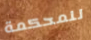
للمحكمة